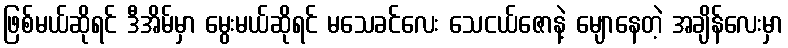
ဖြစ်မယ်ဆိုရင် ဒီအိမ်မှာ မွေးမယ်ဆိုရင် မသေခင်လေး သေငယ်ဇောနဲ့ မျောနေတဲ့ အချိန်လေးမှာ